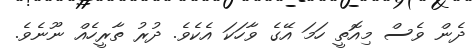
ދެން ވެސް މިއޮތީ ހަމަ އޭގެ ވާހަކަ އެކެވެ. ދުރު ތާރީހެއް ނޫނެވެ.